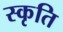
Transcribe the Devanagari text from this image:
स्कृति